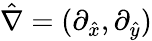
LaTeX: \hat{\nabla}=(\partial_{\hat{x}},\partial_{\hat{y}})